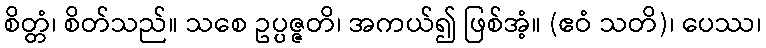
စိတ္တံ၊ စိတ်သည်။ သစေ ဥပ္ပဇ္ဇတိ၊ အကယ်၍ ဖြစ်အံ့။ (ဧဝံ သတိ)၊ ပေဿ၊